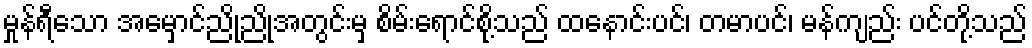
မှုန်ရီသော အမှောင်ညိုညိုအတွင်းမှ စိမ်းရောင်စို့သည် ထနောင်းပင်၊ တမာပင်၊ မန်ကျည်း ပင်တို့သည်